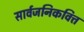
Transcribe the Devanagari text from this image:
सार्वजनिकवित्त